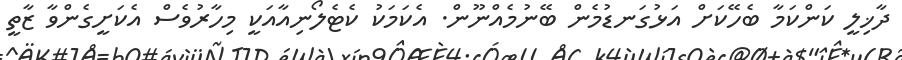
ދާޚިލީ ކަންކަމާ ބެހޭކަށް އަޅުގަނޑުމެން ބޭނުމެއްނޫން. އެކަމަކު ކެޓެލޯނިއާއަކީ މިހާރުވެސް އެކަށީގެންވާ ޒާތީ